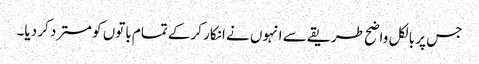
جس پر بالکل واضح طریقے سے انہوں نے انکار کرکے تمام باتوں کو مسترد کر دیا۔